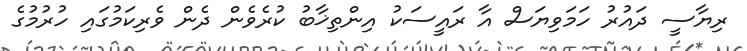
ރިޔާސީ ދައުރު ހަމަވިޔަސް އާ ރައީސަކު އިންތިޚާބު ކުރެވެން ދެން ވެރިކަމުގައި ހުރުމުގެ